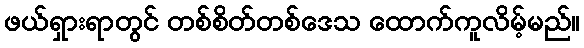
ဖယ်ရှားရာတွင် တစ်စိတ်တစ်ဒေသ ထောက်ကူလိမ့်မည်။